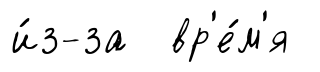
и́з-за вр'е́м'я